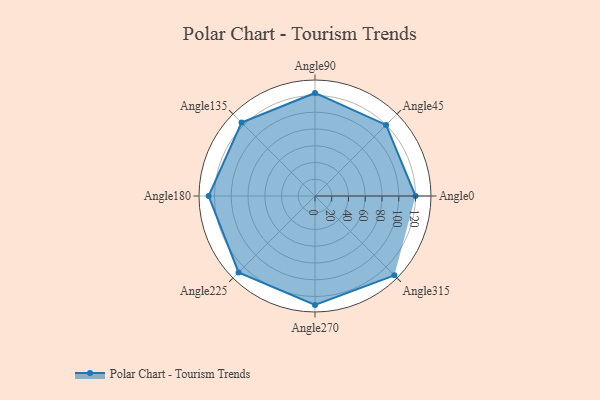
{"axis": {"x": "Angle", "y": "Radius"}, "legend": [""], "data": [{"x": "Angle0", "y": 120.0, "type": ""}, {"x": "Angle45", "y": 120.0, "type": ""}, {"x": "Angle90", "y": 123.0, "type": ""}, {"x": "Angle135", "y": 124.0, "type": ""}, {"x": "Angle180", "y": 127.0, "type": ""}, {"x": "Angle225", "y": 129.0, "type": ""}, {"x": "Angle270", "y": 130.0, "type": ""}, {"x": "Angle315", "y": 134.0, "type": ""}]}